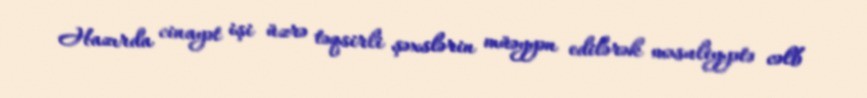
Hazırda cinayət işi üzrə təqsirli şəxslərin müəyyən edilərək məsuliyyətə cəlb